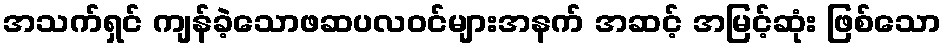
အသက်ရှင် ကျန်ခဲ့သောဖဆပလဝင်များအနက် အဆင့် အမြင့်ဆုံး ဖြစ်သော